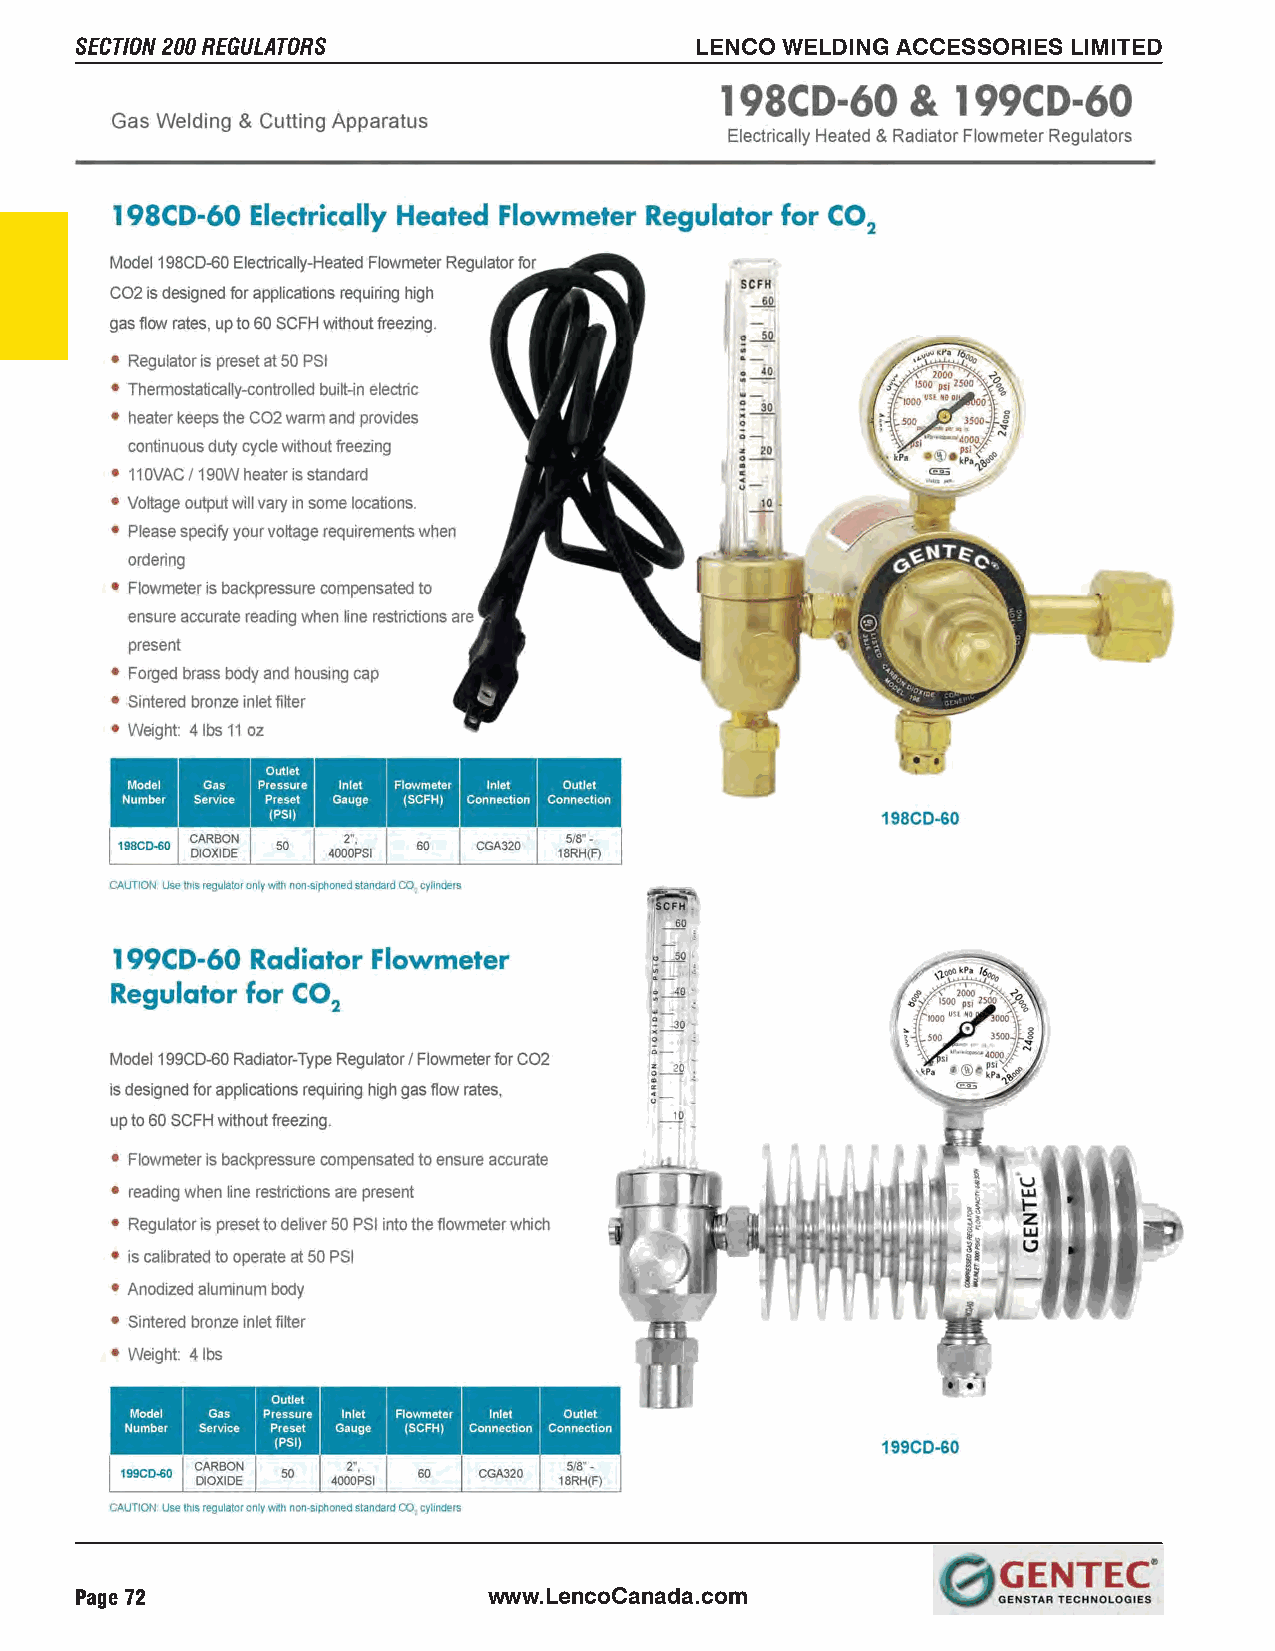
SECTION 200 REGULATORS                   LENCO WELDING ACCESSORIES LIMITED
 Page 72                    www.LencoCanada.com